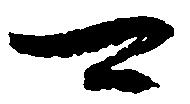
可